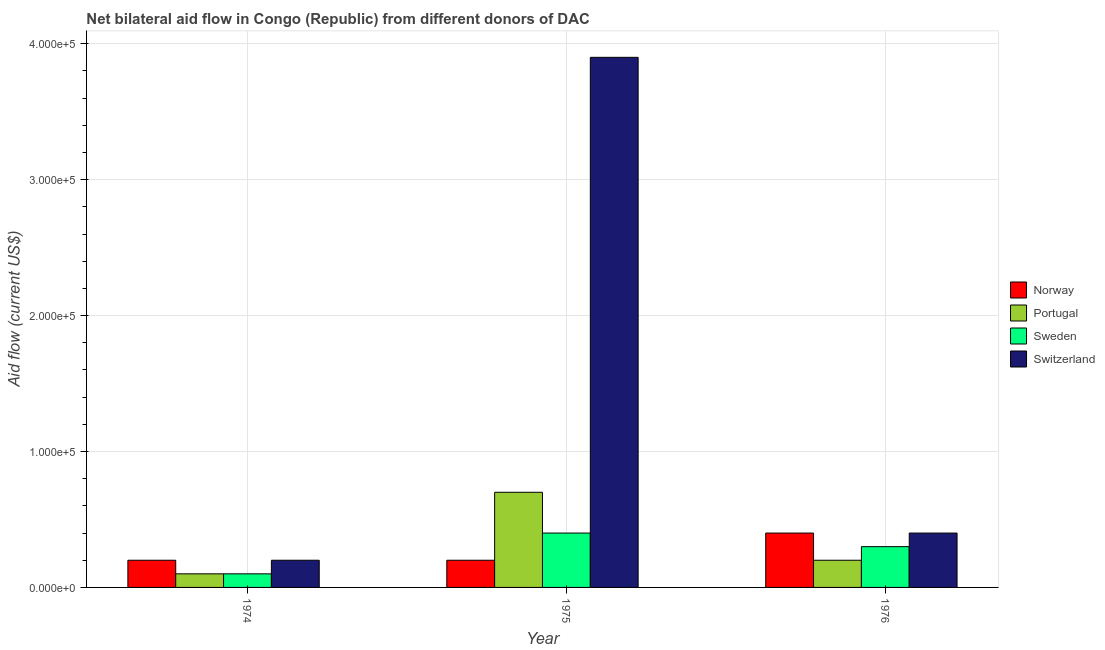
| Year | Norway | Portugal | Sweden | Switzerland |
 | --- | --- | --- | --- | --- |
 | 1974 | 2e+04 | 1e+04 | 1e+04 | 2e+04 |
 | 1975 | 2e+04 | 7e+04 | 4e+04 | 3.9e+05 |
 | 1976 | 4e+04 | 2e+04 | 3e+04 | 4e+04 |